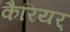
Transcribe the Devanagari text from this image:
कैरियर्